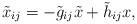
LaTeX: \begin{align*}\tilde{x}_{ij} = - \tilde{g}_{ij} \tilde{x} + \tilde{h}_{ij} x,\end{align*}